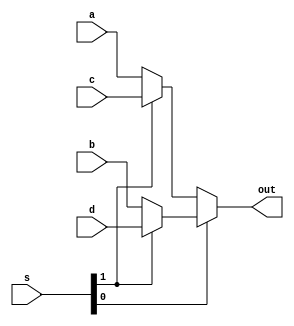
module mux_four(input a,b,c,d,input [0:1]s,output out);
assign out=s[1]?(s[0]?d:b):(s[0]?c:a);
endmodule